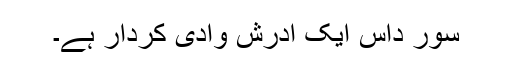
سور داس ایک آدرش وادی کردار ہے۔